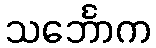
သင်္ဘောက